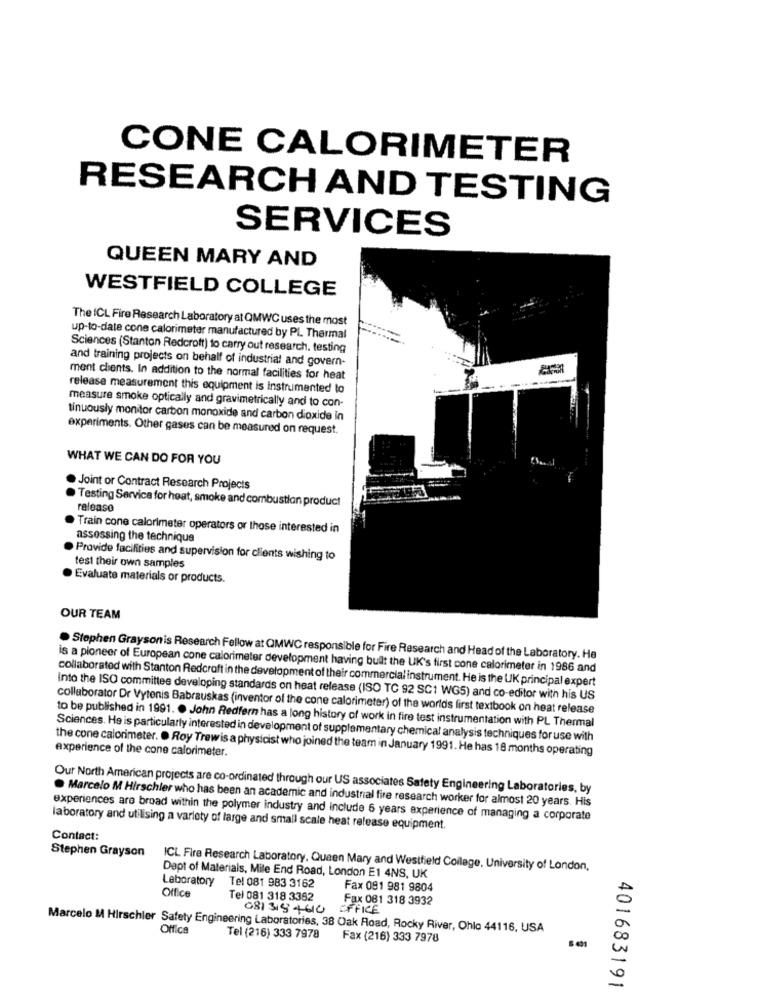
CONE CALORIMETER
RESEARCH AND TESTING
SERVICES
QUEEN MARY AND
WESTFIELD COLLEGE
The ICL Fire Research Laboratory at QMWC uses the most
up-to-date cone calorimeter manufactured by PL Thermal
Sciences (Stanton Redcroft) to carry out research. testing
and training projects on behalf of industrial and govern-
ment clients. In addition to the normal facilities for heat
release measurement this equipment is instrumented to
measure smoke optically and gravimetrically and to con-
tinuously monitor carbon monoxide and carbon dioxide in
experiments. Other gases can be measured on request.
WHAT WE CAN DO FOR YOU
Joint or Contract Research Projects
Testing Service for heat, smoke and combustion product
release
Train cone calorimeter operators or those interested in
assessing the technique
Provide facilities and supervision for clients wishing to
test their own samples
Evaluate materials or products.
OUR TEAM
. Stephen Graysonis Research Fellow at QMWC responsible for Fire Research and Head of the Laboratory. He
is a pioneer of European cone calorimeter development having built the UK's first cone calorimeter in 1986 and
collaborated with Stanton Redcroft in the development of their commercial instrument. He is the UK principal expert
Into the ISO committee developing standards on heat release (ISO TC 92 SC1 WG5) and co-editor with his US
collaborator Dr Vytenis Babrauskas (inventor of the cone calorimeter) of the worlds first textbook on heat release
to be published in 1991. . John Redfern has a long history of work in fire test instrumentation with PL Thermal
Sciences. He is particularly interested in development of supplementary chemical analysis techniques for use with
experience of the cone calorimeter.
the cone calorimeter. . Roy Trewis a physicist who joined the team in January 1991. He has 18 months operating
Our North American projects are co-ordinated through our US associates Safety Engineering Laboratories, by
. Marcelo M Hirschler who has been an academic and industrial fire research worker for almost 20 years. His
experiences are broad within the polymer industry and include 6 years experience of managing a corporate
laboratory and utilising a variety of large and small scale heat release equipment.
Contact:
Stephen Grayson
ICL Fire Research Laboratory, Queen Mary and Westfield College, University of London,
Laboratory
Dept of Materials, Mile End Road, London E1 4NS, UK
Office
Tel 081 983 3162
Fax 091 981 9804
Tel 081 318 3362
Fax 081 318 3932
0813184614 OFFICE
Marcelo M Hirschler Safety Engineering Laboratories, 38 Oak Road, Rocky River, Ohlo 44116, USA
Office
Tel (216) 333 7978
Fax (216) 333 7978
401683191